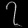
Digit: ၇